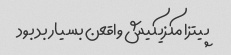
پیتزا مکزیکیش واقعن بسیار بد بود